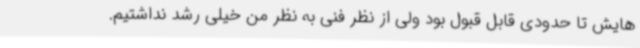
هایش تا حدودی قابل قبول بود ولی از نظر فنی به نظر من خیلی رشد نداشتیم.